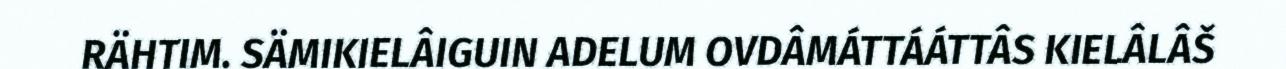
RÄHTIM. SÄMIKIELÂIGUIN ADELUM OVDÂMÁTTÁÁTTÂS KIELÂLÂŠ